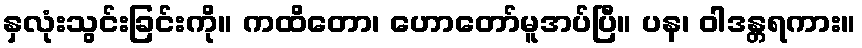
နှလုံးသွင်းခြင်းကို။ ကထိတော၊ ဟောတော်မူအပ်ပြီ။ ပန၊ ဝါဒန္တရကား။